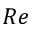
R e